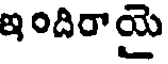
ఇందిరాయై